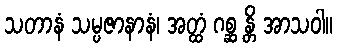
သတာနံ သမ္ပဇာနာနံ၊ အတ္ထံ ဂစ္ဆ န္တိ အာသဝါ။